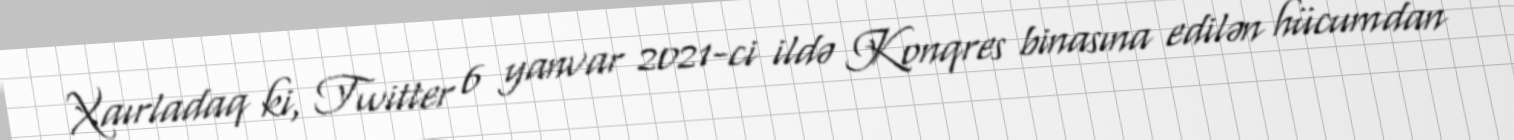
Xaırladaq ki, Twitter 6 yanvar 2021-ci ildə Konqres binasına edilən hücumdan